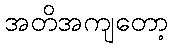
အတိအကျတော့